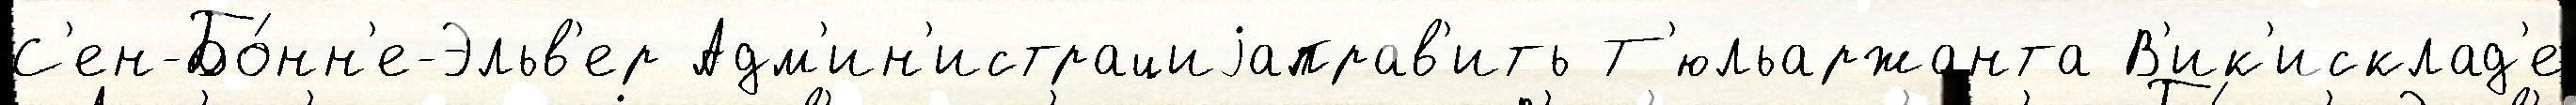
С'ен-Бо́нн'е-Эльв'ер Адм'ин'истрациjаправ'ить Т'юльаржанта В'ик'исклад'е